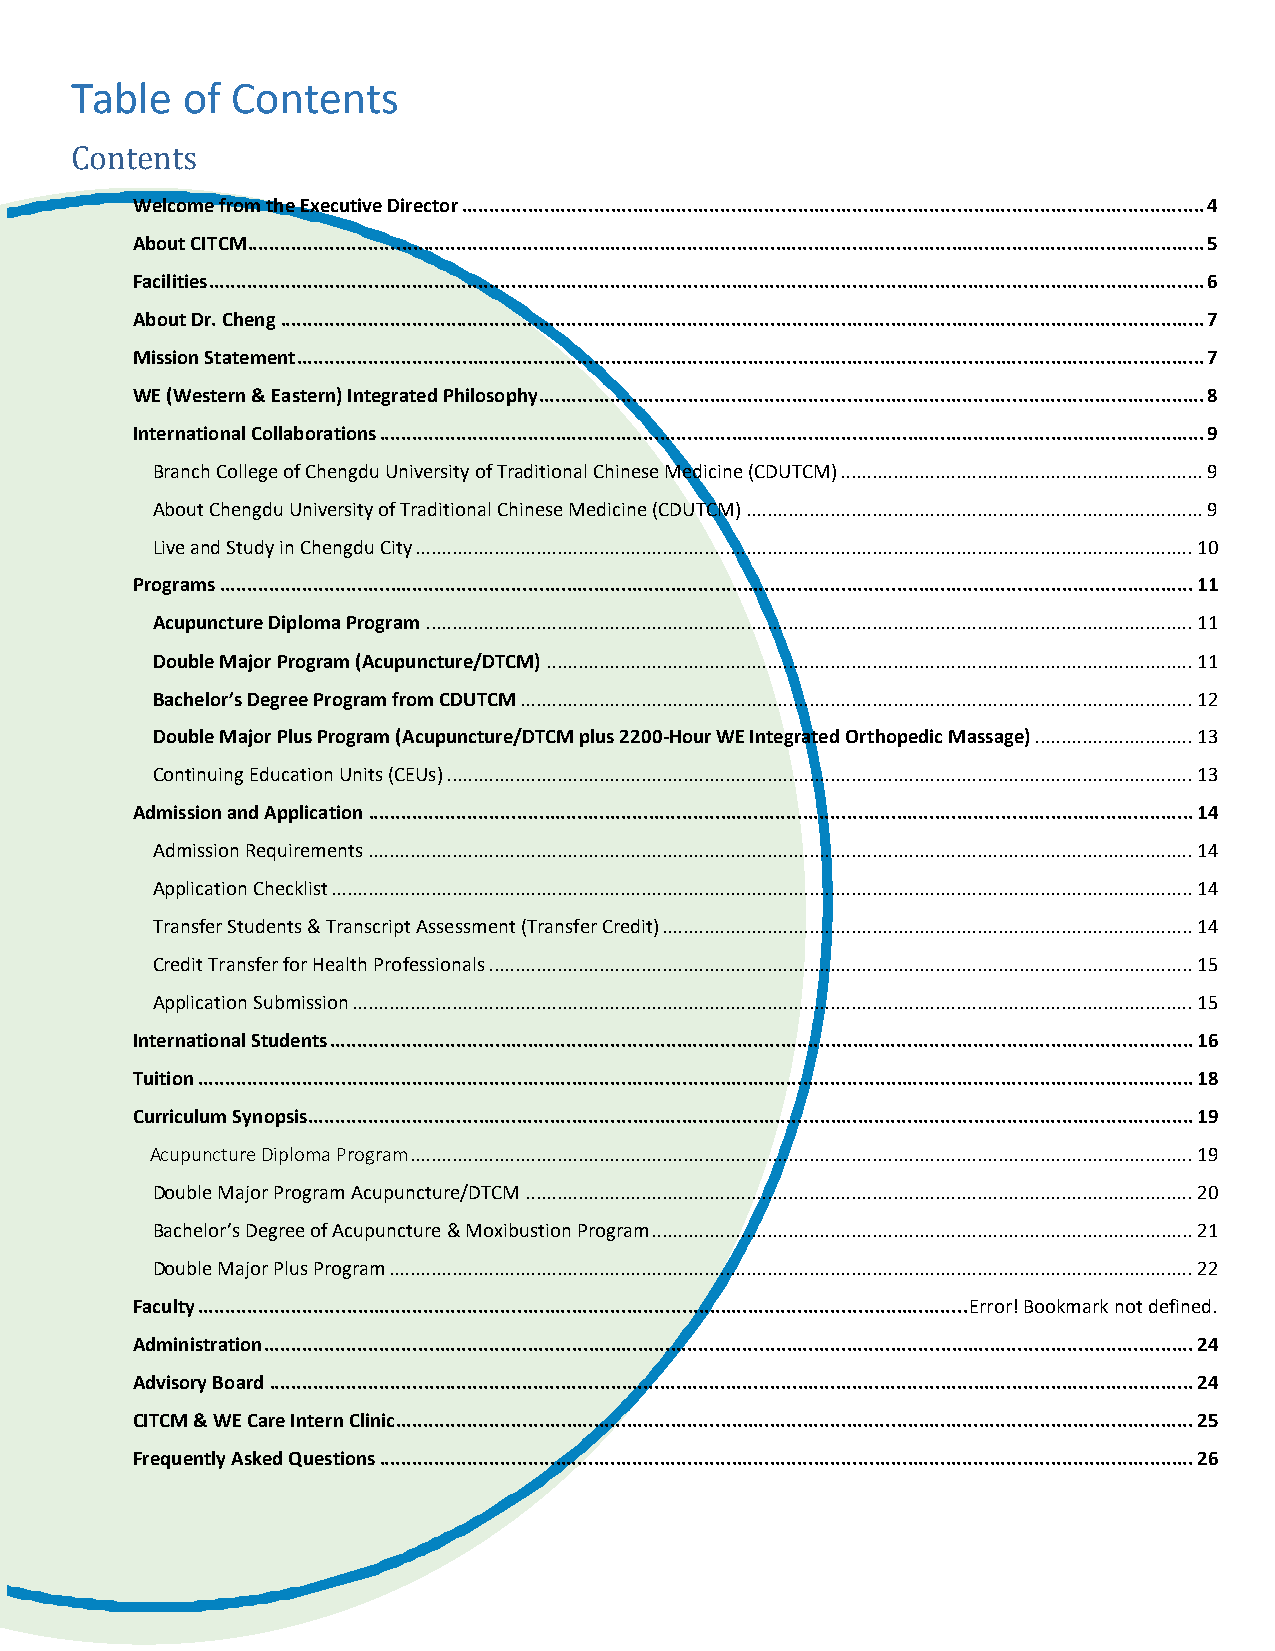
Table  of Contents
 Contents
 Welcome from the Executive Director ....................................................................................................................................... 4
 About CITCM .............................................................................................................................................................................. 5
 Facilities ..................................................................................................................................................................................... 6
 About Dr. Cheng ........................................................................................................................................................................ 7
 Mission Statement ..................................................................................................................................................................... 7
 WE (Western & Eastern) Integrated Philosophy ......................................................................................................................... 8
 International Collaborations ...................................................................................................................................................... 9
 Branch College of Chengdu University of Traditional Chinese Medicine (CDUTCM) ..................................................................... 9
 About Chengdu University of Traditional Chinese Medicine (CDUTCM) ....................................................................................... 9
 Live and Study in Chengdu City .................................................................................................................................................... 10
 Programs ................................................................................................................................................................................. 11
 Acupuncture Diploma Program .................................................................................................................................................. 11
 Double Major Program (Acupuncture/DTCM) ........................................................................................................................... 11
 Bachelor’s Degree Program from CDUTCM ................................................................................................................................ 12
 Double Major Plus Program (Acupuncture/DTCM plus 2200-Hour WE Integrated Orthopedic Massage) .............................. 13
 Continuing Education Units (CEUs) .............................................................................................................................................. 13
 Admission and Application ...................................................................................................................................................... 14
 Admission Requirements ............................................................................................................................................................. 14
 Application Checklist .................................................................................................................................................................... 14
 Transfer Students & Transcript Assessment (Transfer Credit) ..................................................................................................... 14
 Credit Transfer for Health Professionals ...................................................................................................................................... 15
 Application Submission ................................................................................................................................................................ 15
 International Students ............................................................................................................................................................. 16
 Tuition ..................................................................................................................................................................................... 18
 Curriculum Synopsis ................................................................................................................................................................. 19
 Acupuncture Diploma Program ..................................................................................................................................................... 19
 Double Major Program Acupuncture/DTCM ............................................................................................................................... 20
 Bachelor’s Degree of Acupuncture & Moxibustion Program ....................................................................................................... 21
 Double Major Plus Program ......................................................................................................................................................... 22
 Faculty ............................................................................................................................................ Error! Bookmark not defined.
 Administration ......................................................................................................................................................................... 24
 Advisory Board ........................................................................................................................................................................ 24
 CITCM & WE Care Intern Clinic ................................................................................................................................................. 25
 Frequently Asked Questions .................................................................................................................................................... 26